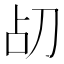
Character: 𪟂